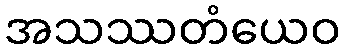
အသဿတံယေဝ